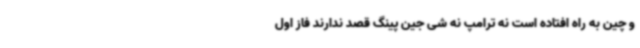
و چین به راه افتاده است نه ترامپ نه شی جین پینگ قصد ندارند فاز اول